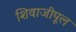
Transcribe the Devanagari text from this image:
शिवाजीपूल